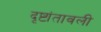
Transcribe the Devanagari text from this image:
दृष्टांतावली